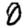
Digit: 0